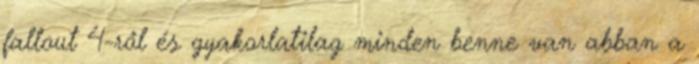
fallout 4-ről és gyakorlatilag minden benne van abban a